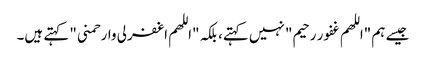
جیسے ہم "اللهم غفور رحیم" نہیں کہتے، بلکہ "اللهم اغفرلی وارحمنی" کہتے ہیں۔